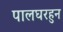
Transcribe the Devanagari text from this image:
पालघरहुन